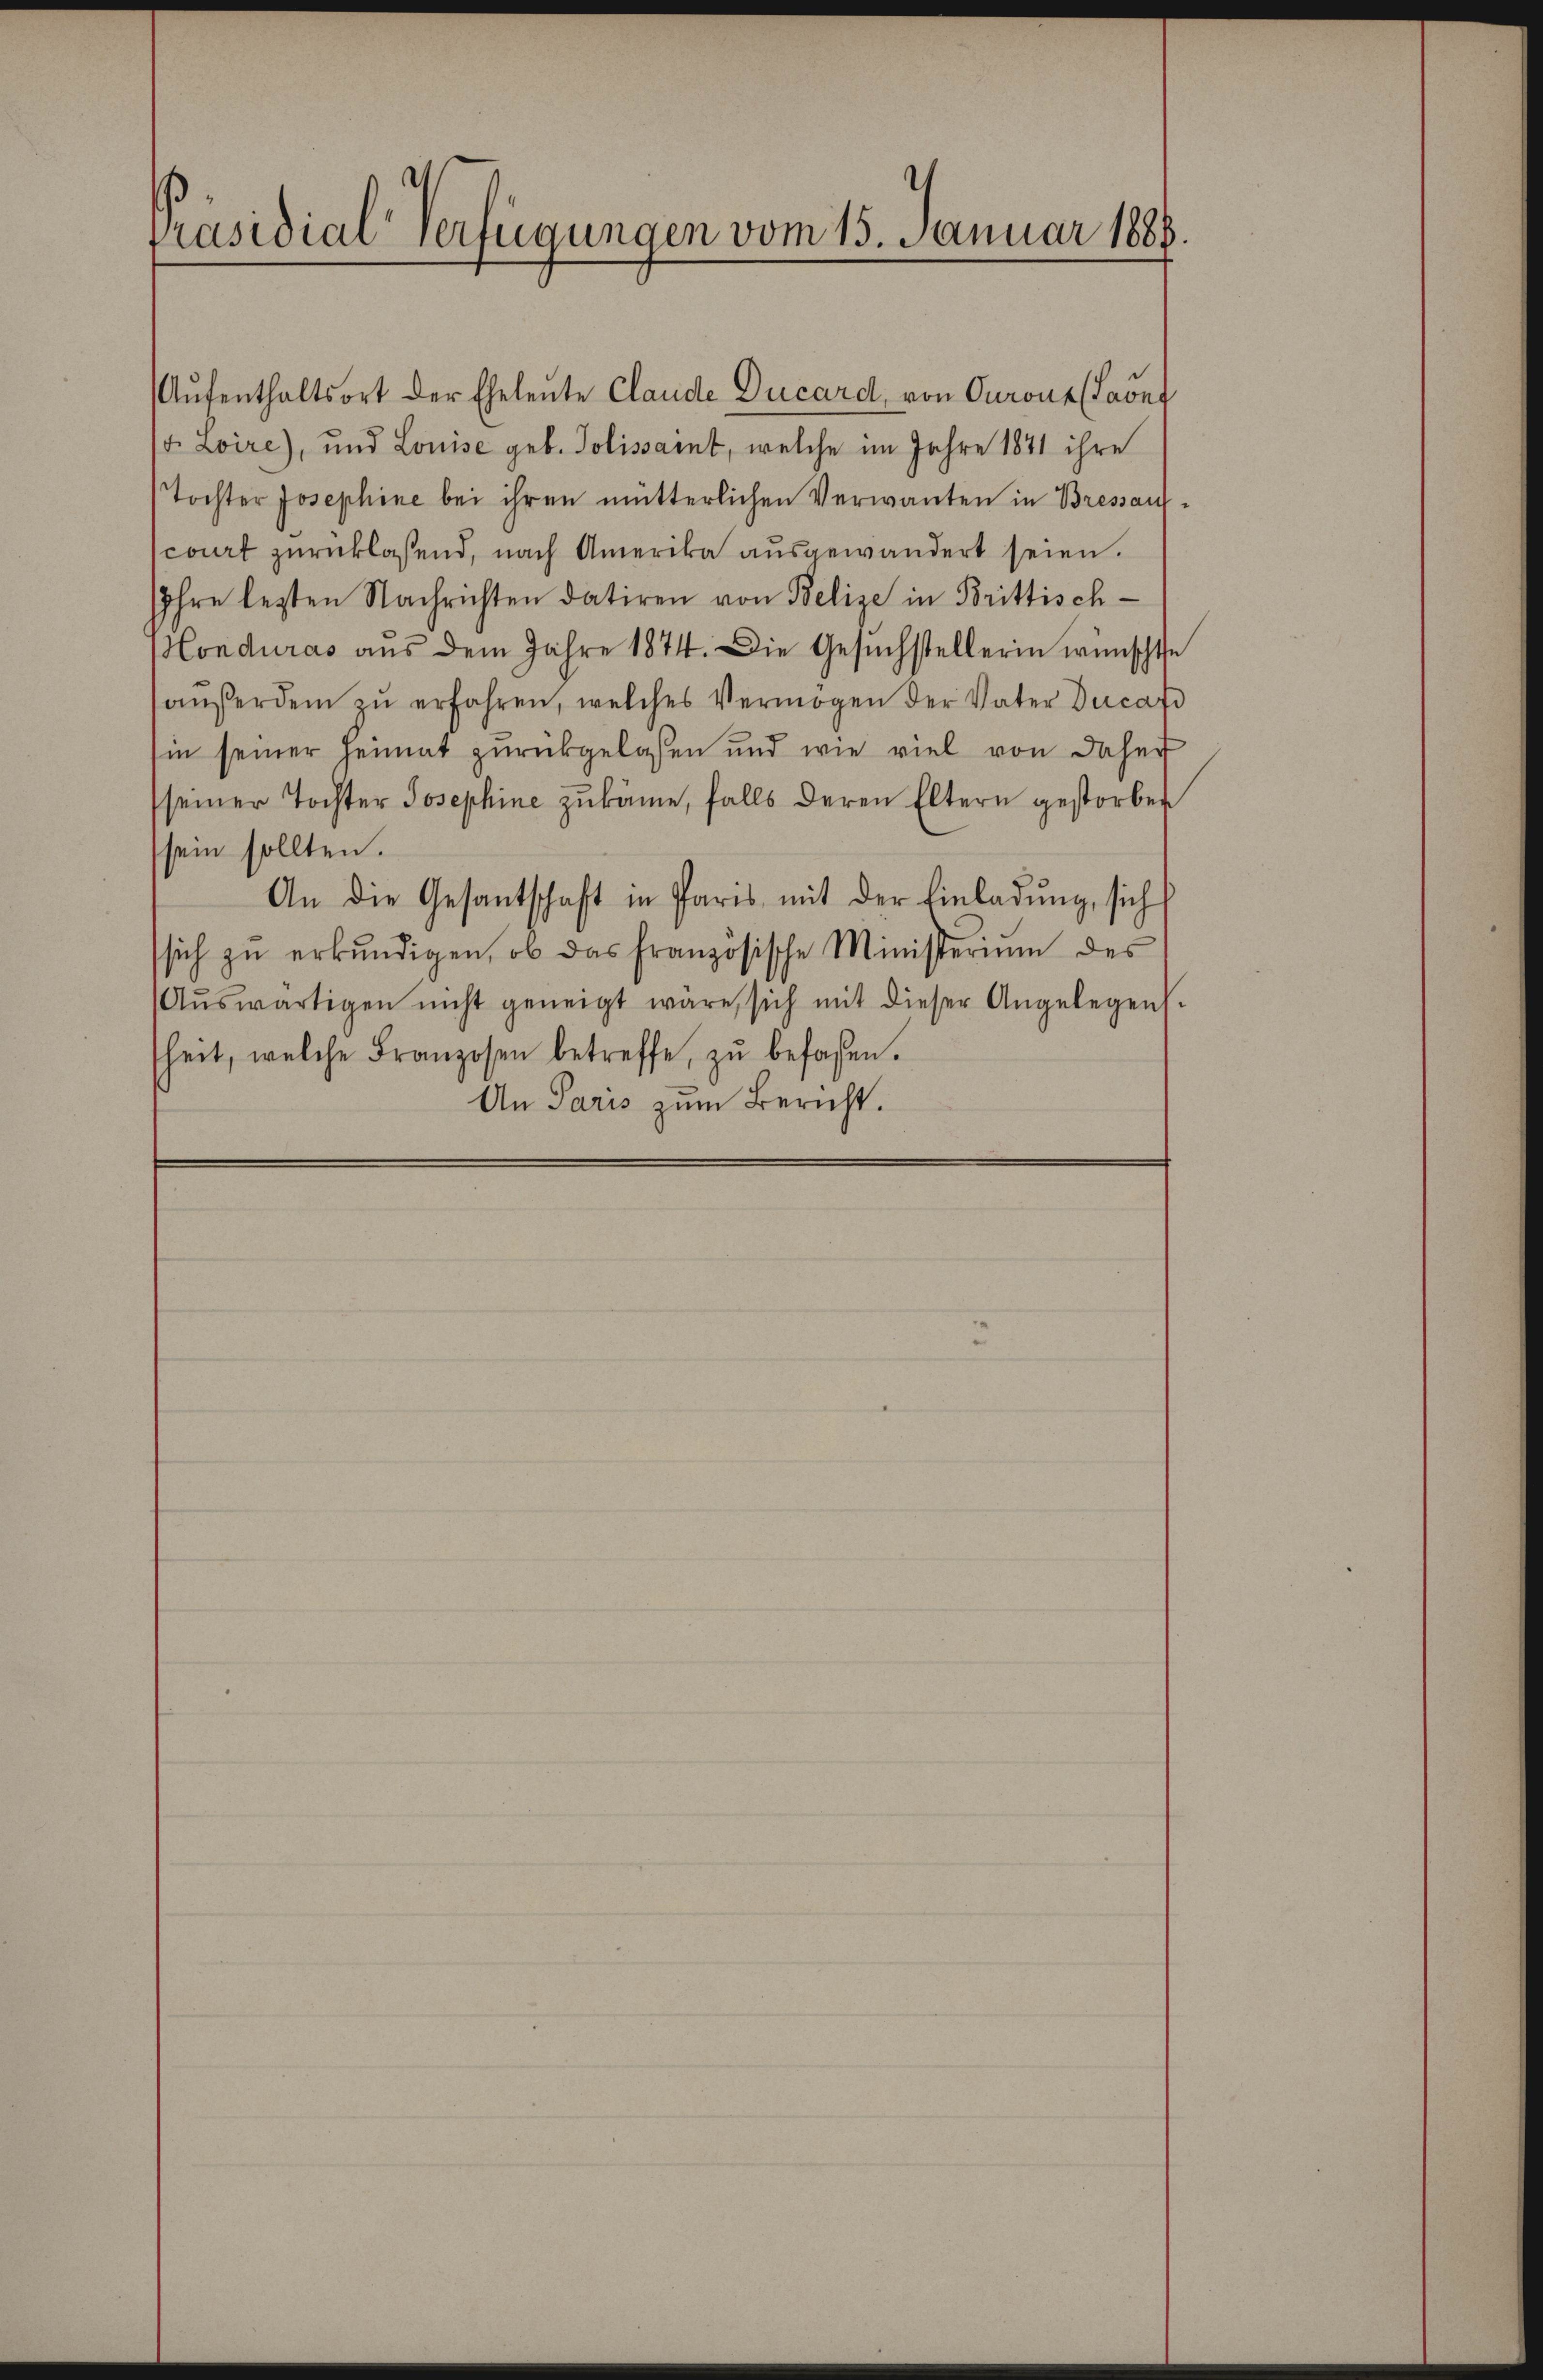
Präsidial-Verfügungen vom 15. Januar 1888.

Aŭfenthaltsort der Eheleute Claude Ducard, von Curont (Laont
t. Loire), und Louise geb. Polissart, welche im Jahre 1871 ihre
Tochter Josephine bei ihren mütterlichen Verwanten in Bressan
court zurücklassend, nach Amerika ausgewandert seien.
sihre letzten Nachrichten datiren von Belize in Brittisch-
Honduras aus dem Jahre 1874. Die Gesŭchstellerin wünschte
aŭferdem zŭ erfahren, welches Vermögen der Vater Ducat
sin seiner Heimat zurückgelassen und wie viel von daher
seiner Tochter Josephine zukäme, falls deren Eltern gestorber
sein sollten.
An die Gesantschaft in Paris mit der Einladŭng, sich
sich zŭ erkŭndigen, ob das französische Ministerium des
Aŭswärtigen nicht geneigt wäre, sich mit dieser Angelegens-
sheit, welche Franzosen betreffe, zŭ befassen.
An Paris zum Bericht.